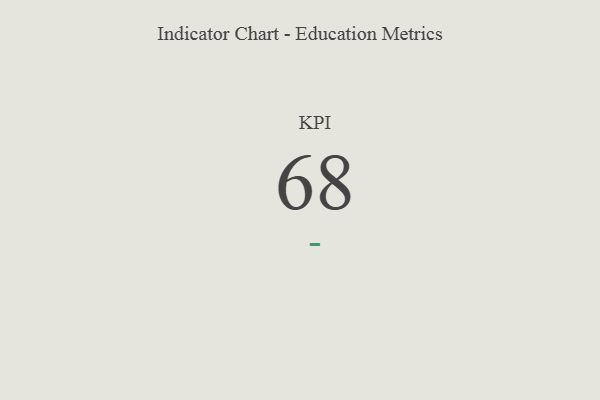
{"axis": {"x": "KPI", "y": "Value"}, "legend": [""], "data": [{"x": "KPI", "y": 68, "type": ""}]}